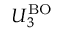
U _ { 3 } ^ { \mathrm { B O } }